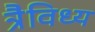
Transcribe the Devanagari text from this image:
त्रैविध्य